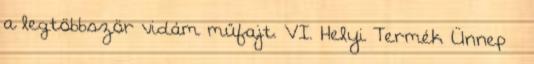
a legtöbbször vidám műfajt. VI. Helyi Termék Ünnep –